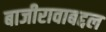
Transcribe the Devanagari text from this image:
बाजीरावाबद्दल